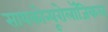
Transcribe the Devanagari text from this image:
सायकोन्यूरोलॉजिकल